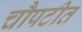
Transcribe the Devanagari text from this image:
चौपटीत